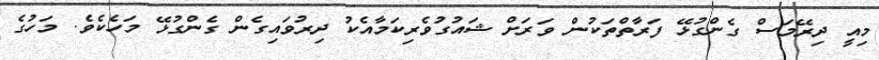
މިއީ ދިރޭމަސް ގެންގުޅޭ ފަރާތްތަކުން ވަރަށް ޝައުގުވެރިކަމާއެކު ދިރުވައިގެން ގެންގުޅޭ މަހެކެވެ. މަހުގެ